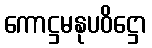
ကောဋ္ဌမနုပဝိဋ္ဌော